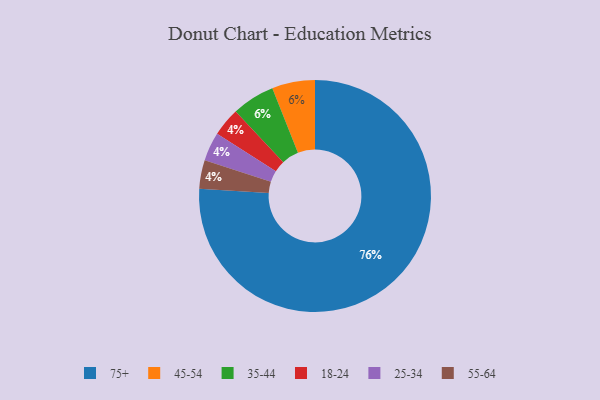
{"axis": {"x": "Category", "y": "Percentage"}, "legend": ["18-24", "25-34", "35-44", "45-54", "55-64", "75+"], "data": [{"x": "75+", "y": 76, "type": "75+"}, {"x": "45-54", "y": 6, "type": "45-54"}, {"x": "35-44", "y": 6, "type": "35-44"}, {"x": "18-24", "y": 4, "type": "18-24"}, {"x": "25-34", "y": 4, "type": "25-34"}, {"x": "55-64", "y": 4, "type": "55-64"}]}